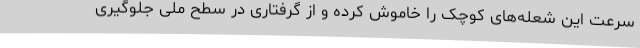
سرعت این شعله‌های کوچک را خاموش کرده و از گرفتاری در سطح ملی جلوگیری